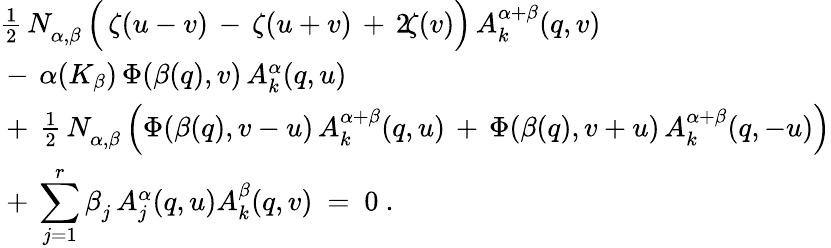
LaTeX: \begin{array}{l}{{{\textstyle\frac{1}{2}}\, N_{\alpha,\beta}^{}\, \Bigl(\, \zeta(u-v)\, -\, \zeta(u+v)\, +\, 2\! \zeta(v)\Bigr)\, A_{k}^{\alpha+\beta}(q,v)}}\\ {{\mathrm{}-\, \alpha(K_{\beta})\, \Phi(\beta(q),v)\, A_{k}^{\alpha}(q,u)}}\\ {{\mathrm{}+\, {\textstyle\frac{1}{2}}\, N_{\alpha,\beta}^{}\, \Bigl(\Phi(\beta(q),v-u)\, A_{k}^{\alpha+\beta}(q,u)\, +\, \Phi(\beta(q),v+u)\, A_{k}^{\alpha+\beta}(q,-u)\Bigr)}}\\ {{\mathrm{}+\, {\displaystyle\sum_{j=1}^{r}}\, \beta_{j}^{}\, A_{j}^{\alpha}(q,u)A_{k}^{\beta}(q,v)~=~0~.}}\end{array}